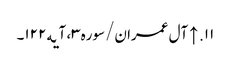
۱۱. ↑ آل عمران/سوره۳، آیه۱۲۲۔